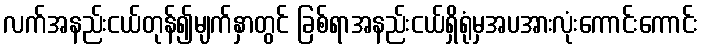
လက်အနည်းငယ်တုန်၍မျက်နှာတွင် ခြစ်ရာအနည်းငယ်ရှိရုံမှအပအားလုံးကောင်းကောင်း